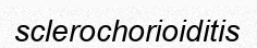
sclerochorioiditis